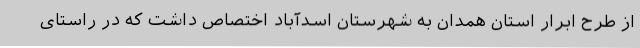
از طرح ابرار استان همدان به شهرستان اسدآباد اختصاص داشت که در راستای